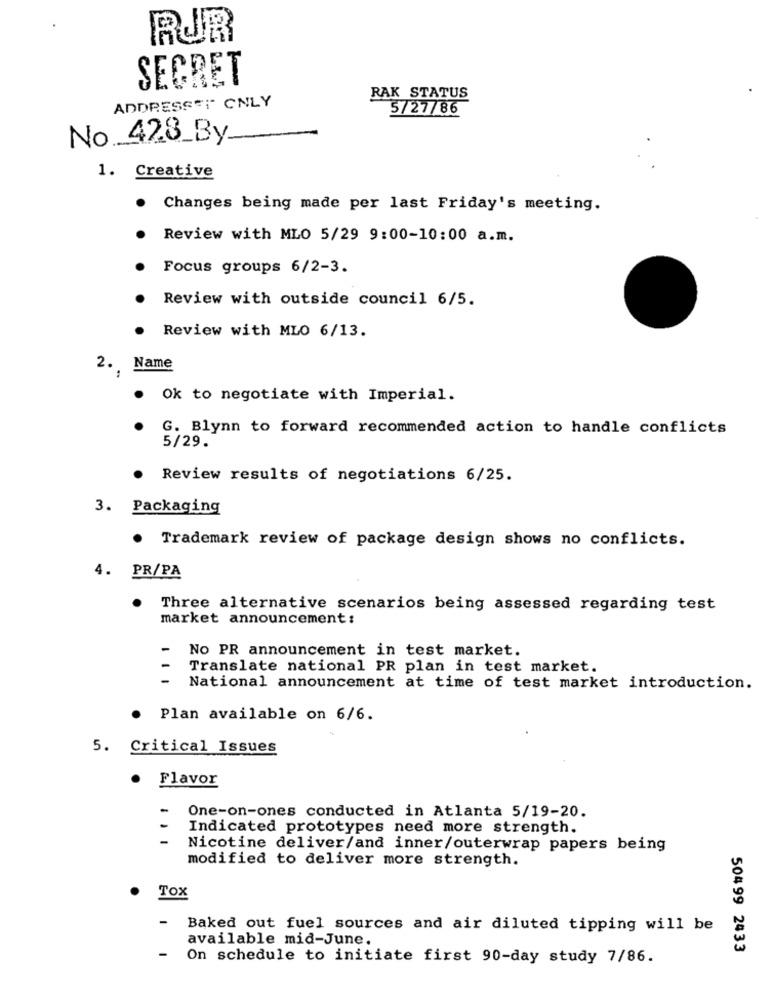
RUR
SECRET
RAK STATUS
ADDRESS"I" ONLY
5/27/86
No __ 428_By
1. Creative
Changes being made per last Friday's meeting.
Review with MLO 5/29 9:00-10:00 a.m.
Focus groups 6/2-3.
Review with outside council 6/5.
Review with MLO 6/13.
2. Name
Ok to negotiate with Imperial.
G. Blynn to forward recommended action to handle conflicts
5/29.
Review results of negotiations 6/25.
3. Packaging
Trademark review of package design shows no conflicts.
4.
PR/PA
Three alternative scenarios being assessed regarding test
market announcement:
No PR announcement in test market.
Translate national PR plan in test market.
National announcement at time of test market introduction.
Plan available on 6/6.
5. Critical Issues
.
Flavor
One-on-ones conducted in Atlanta 5/19-20.
Indicated prototypes need more strength.
Nicotine deliver/and inner/outerwrap papers being
modified to deliver more strength.
Tox
-
Baked out fuel sources and air diluted tipping will be
available mid-June.
504 99 2433
On schedule to initiate first 90-day study 7/86.